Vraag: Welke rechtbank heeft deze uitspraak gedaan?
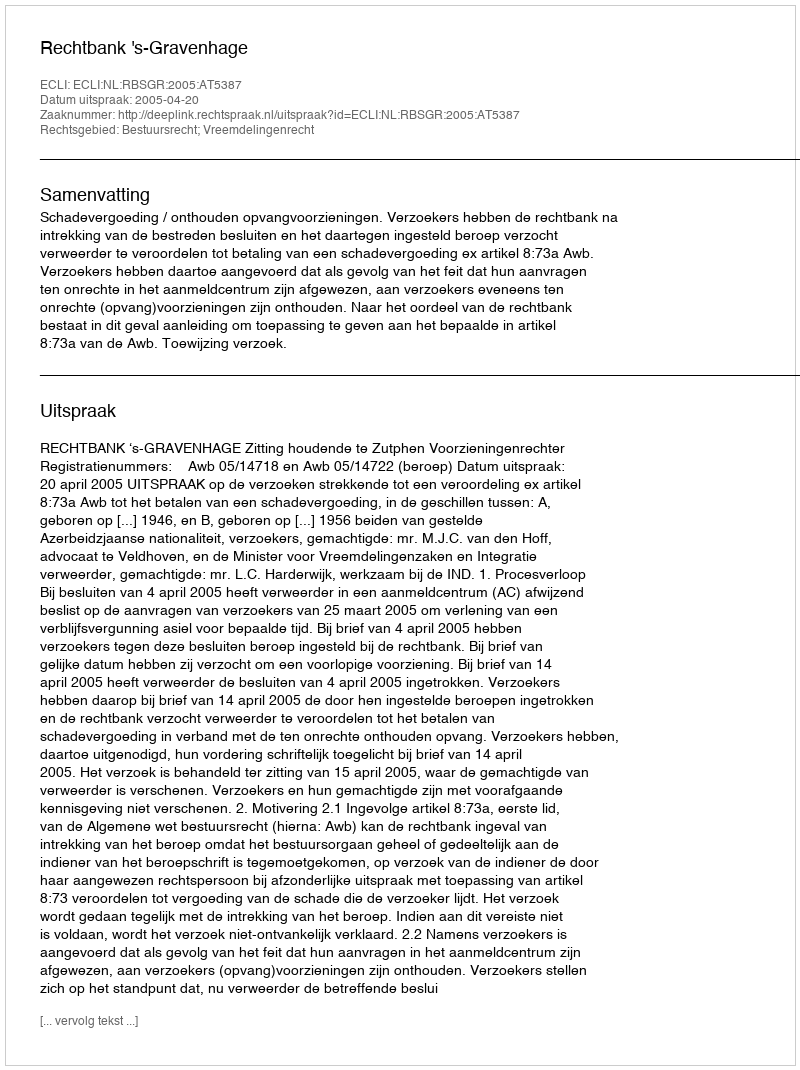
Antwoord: Rechtbank 's-Gravenhage